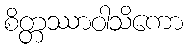
စိတ္တဿာဝါသိကော